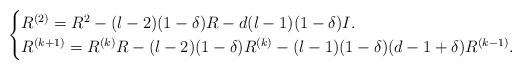
LaTeX: \begin{align*}\begin{cases}R^{(2)}=R^2-(l-2)(1-\delta)R-d(l-1)(1-\delta)I.\\R^{(k+1)}=R^{(k)}R-(l-2)(1-\delta)R^{(k)}-(l-1)(1-\delta)(d-1+\delta)R^{(k-1)}.\end{cases}\end{align*}